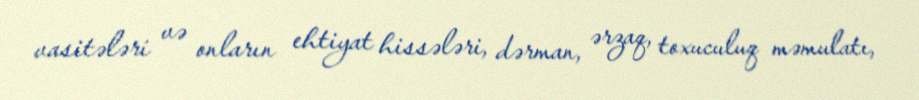
vasitələri və onların ehtiyat hissələri, dərman, ərzaq, toxuculuq məmulatı,